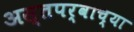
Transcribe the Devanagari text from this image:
अस्तपर्वाच्या